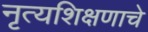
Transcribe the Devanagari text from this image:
नृत्यशिक्षणाचे